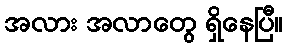
အလား အလာတွေ ရှိနေပြီ။